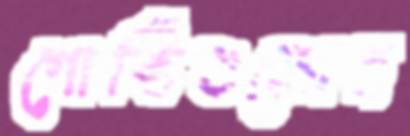
গোষ্ঠিগুলোর